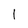
Character: l